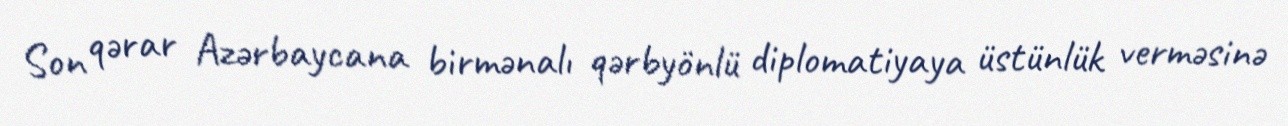
Son qərar Azərbaycana birmənalı qərbyönlü diplomatiyaya üstünlük verməsinə